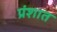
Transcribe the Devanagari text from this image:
प्रंशात